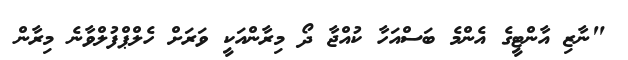
"ނާޒި އާންޓީގެ އެންމެ ބަސްއަހާ ކުއްޖާ ދޯ މިރާންއަކީ ވަރަށް ހެލްޕްފުލްވާނެ މިރާން